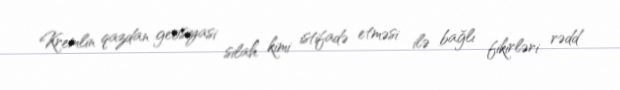
Kremlin qazdan geosiyasi silah kimi istifadə etməsi ilə bağlı fikirləri rədd